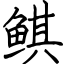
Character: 鲯